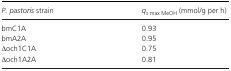
<table><thead><tr><td><b><i>P. pastoris</i> strain</b></td><td><b><i>q</i><sub><i>s</i> max MeOH</sub> (mmol/g per h)</b></td></tr></thead><tbody><tr><td>bmC1A</td><td>0.93</td></tr><tr><td>bmA2A</td><td>0.95</td></tr><tr><td>Δoch1C1A</td><td>0.75</td></tr><tr><td>Δoch1A2A</td><td>0.81</td></tr></tbody></table>